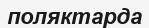
поляктарда